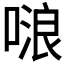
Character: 𠺘